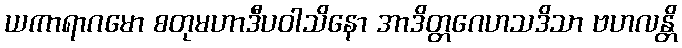
ယကာရာဂမော စတုမဟာဒီပဝါသိနော အာဒိတ္တဂေဟသဒိသာ ဗဟလန္တိ